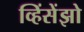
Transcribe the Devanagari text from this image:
व्हिंसेंझो